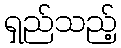
ရှည်သည့်